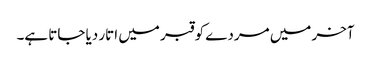
آخر میں مردے کو قبر میں اتار دیا جاتا ہے۔